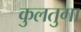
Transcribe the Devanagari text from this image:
कुलतुगा